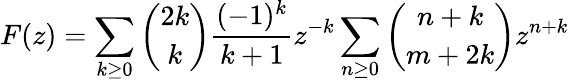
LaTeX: F(z)=\sum_{k\geq 0}{{\binom{2k}{k}}{\frac{(-1)^{k}}{k+1}}z^{-k}}\sum_{n\geq 0}{{\binom{n+k}{m+2k}}z^{n+k}}